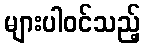
များပါဝင်သည့်